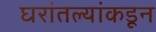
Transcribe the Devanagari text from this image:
घरांतल्यांकडून